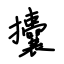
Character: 攮